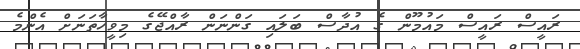
ރައީސް ރައީސް މައުމޫން ގެ އުދާސް ބަލައި ގަންނަން ރާއްޖޭގެ މިވީހާތަނަށް އެންމެ